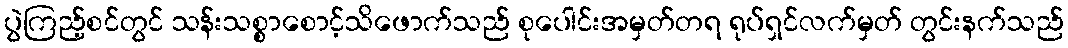
ပွဲကြည့်စင်တွင် သန်းသစ္စာစောင့်သိဖောက်သည် စုပေါင်းအမှတ်တရ ရုပ်ရှင်လက်မှတ် တွင်းနက်သည်